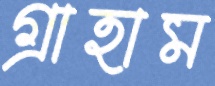
গ্রাহাম